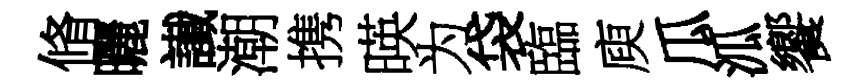
脩曬䜟潮携暎为袋臨庾瓜泒饗